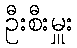
ဦးစီးမှူး